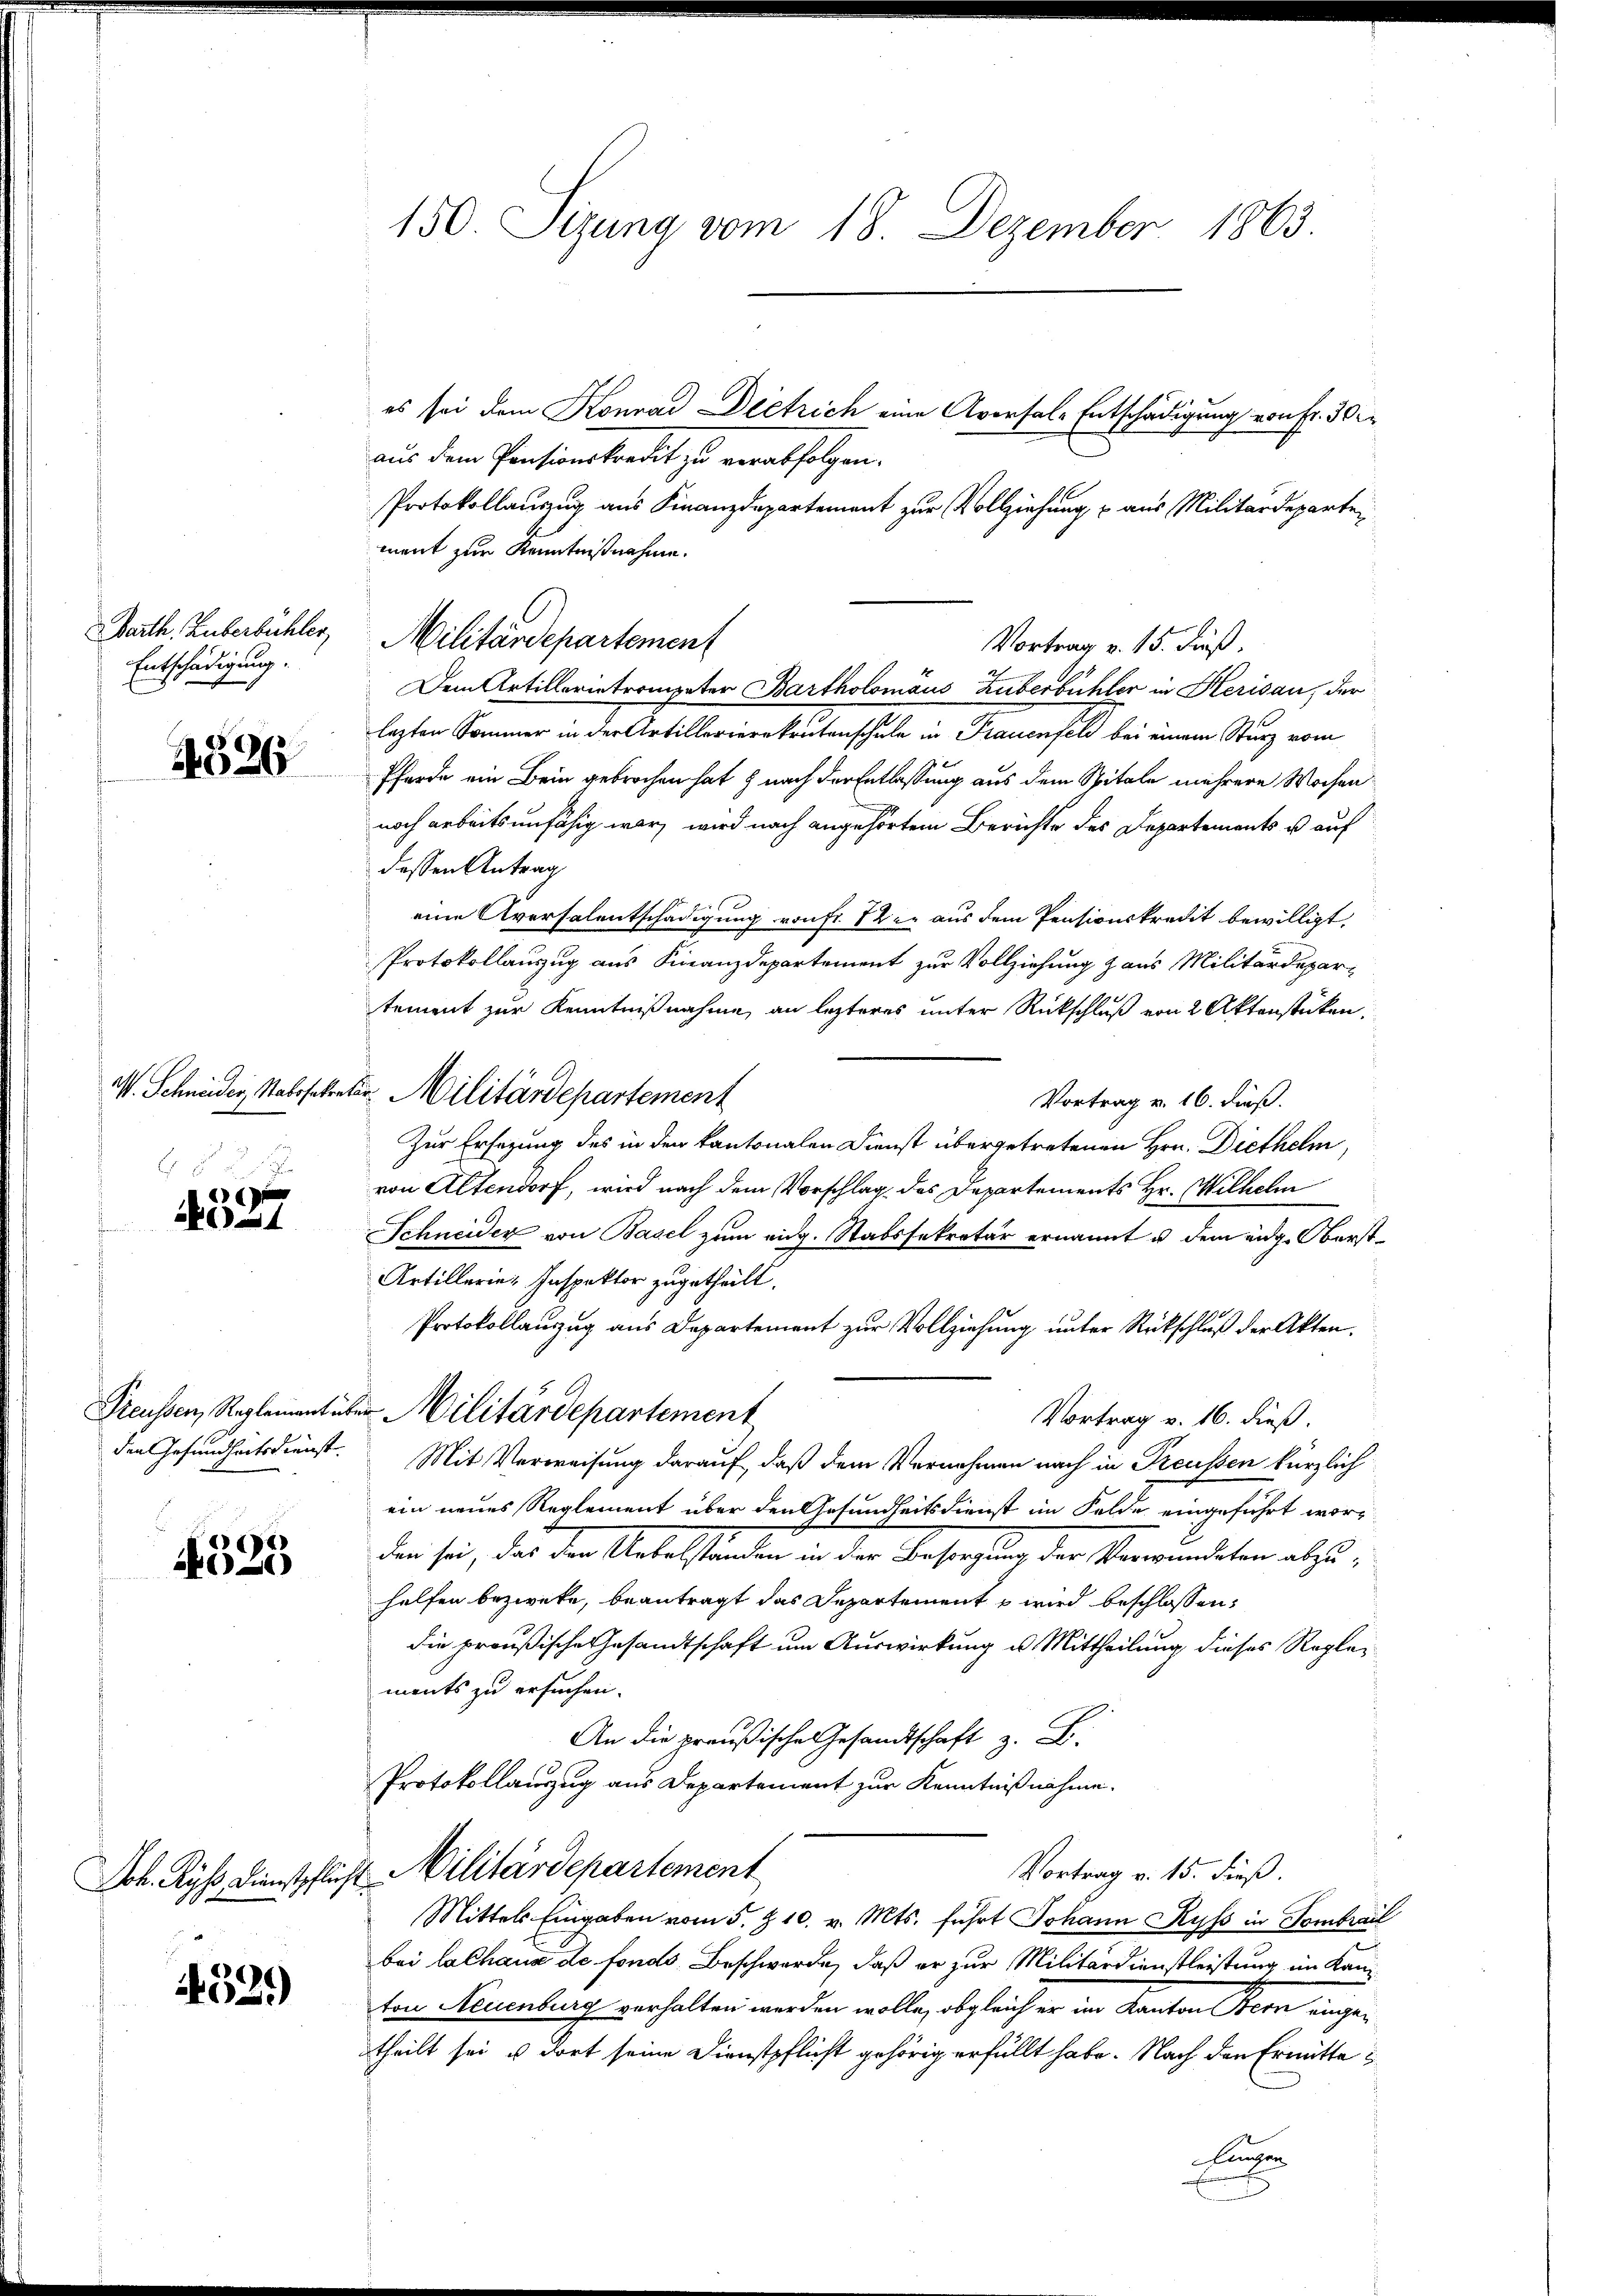
Barth. Huberbuchler
Entschädigung.

2526

f 55 x
4327

den Gesundheitsdienst.

4325

4529)

150. Sizung vom 18. Dezember 1863

es sei dem Konrad Dietrich eine Aversal-Entschädigung von Fr. 30
aus dem Pensionskredit zu verabfolgen.
Protokollauszug aus Finanzdepartement zur Vollziehung u aus Militärdepartement zur Kenntnißnahme.
Dem Artillerietrompeter Bartholomaus Zuberbüchler in Herisau, der
liser Gemeinen in der bestellenen hinterhalte in Frauenfeld bei eine Tag von
Pferde ein Bein gebrochen hat nach der Entlassung aus dem Spitale mehrere Wochen
noch arbeitsunfähig war, wird nach angehörtem Berichte des Departements u auf
dessen Antrag
Fint. 1
eine Aversalentschädigung von fr. 72 er aus dem Pensionskredit bewilligt,
Protokollauszug aus Finanzdepartement zur Vollziehung aus Militärdepar-
tement zur Kenntnißnahme, an lezteres unter Rückschluß von 2 Aktenstücken.
Vortrag v. 16. dieß.
Zur Ersezung des in den kantonalen Dienst übergetretenen Hrn. Diethelm,
von Altendorf, wird nach dem Vorschlag des Departements Hr. Wilhelm
Schneider von Basel zum eidg. Stabssekretär ernannt u. dem eidg. Oberst¬
Artillerie-Inspektor zugetheilt.
Protokollauszug aus Departement zur Vollziehung unter Rückschluß der Akten.
Preussen, Reglement über Militärdepartement
Vortrag v. 16. dieß.
Mit Verweisung darauf, daß dem Vernehmen nach in Preussen kürzlich
ein neues Reglement über den Gesundheitsdienst im Felde eingeführt worden sei, das den Uebelständen in der Besorgung der Verwundeten abzu-
helfen bezwecke, beantragt das Departement wird beschlossen,
die preußische Gesandtschaft um Auswirkung u. Mittheilung dieses Reglements zu ersuchen.
An die preußische Gesandtschaft z. B.
Protokollauszug aus Departement zur Kenntnißnahme.
Vortrag v. 15. dieß.
Jok. Ryf, Dienstpflicht Militärdepartement
Mittels Eingaben vom 5. §. 10. v. Mts. führt Johann Kyss in Gombrail
bei Cathaus de fonds Beschwerde, daß er zur Militärdienstleistung im Kanton Neuenburg verhalten werden wolle, obgleich er im Kanton Bern angetheilt sei u. dort seine Dienstpflicht gehörig erfüllt habe. Nach den Ermitte¬
Fingen

Militärdepartemen

M. Schneider, Stabssekreter Militärdepartement

Vortrag v. 15. dieß.